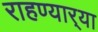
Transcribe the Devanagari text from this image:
राहण्यार्‍या